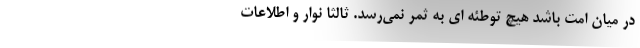
در میان امت باشد هیچ توطئه ای به ثمر نمی‌رسد. ثالثا نوار و اطلاعات